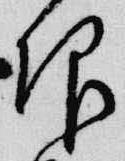
仰